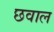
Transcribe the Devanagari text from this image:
छवाल